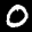
Label: 0